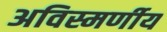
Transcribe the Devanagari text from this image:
अविस्मर्णीय